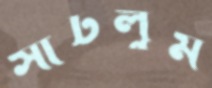
সাঁটলুম